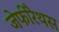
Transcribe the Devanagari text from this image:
जेफीरैथस